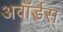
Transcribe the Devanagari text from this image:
अवॉर्डस्